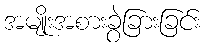
အမျိုးအစားခွဲခြားခြင်း